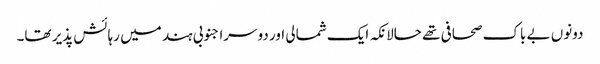
دونوں بے باک صحافی تھے حالانکہ ایک شمالی اور دوسرا جنوبی ہند میں رہائش پذیر تھا۔